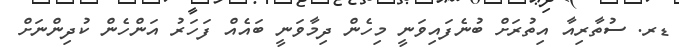
ޑރ. ސުތާރިއާ އިތުރަށް ބުނެފައިވަނީ މިހެން ދިމާވަނީ ބައެއް ފަހަރު އަންހެން ކުދިންނަށް